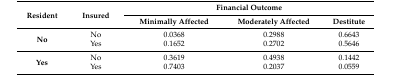
| <ROWSPAN=2> Resident | <ROWSPAN=2> Insured | <COLSPAN=3> Financial Outcome |
 | Minimally Affected | Moderately Affected | Destitute |
 | --- | --- | --- | --- | --- |
 | <ROWSPAN=2> No | No | 0.0368 | 0.2988 | 0.6643 |
 | Yes | 0.1652 | 0.2702 | 0.5646 |
 | <ROWSPAN=2> Yes | No | 0.3619 | 0.4938 | 0.1442 |
 | Yes | 0.7403 | 0.2037 | 0.0559 |